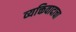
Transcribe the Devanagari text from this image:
व्यक्तिवादाचा